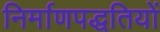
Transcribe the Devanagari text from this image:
निर्माणपद्धतियों